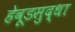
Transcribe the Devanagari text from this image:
हेवूडसुद्धा